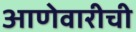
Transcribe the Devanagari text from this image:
आणेवारीची